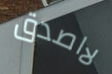
لااصدق